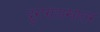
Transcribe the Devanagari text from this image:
दुराग्रहाखातर